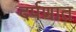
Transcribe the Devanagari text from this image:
दर्पणात